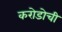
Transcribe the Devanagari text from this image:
करोडोची